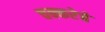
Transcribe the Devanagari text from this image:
चक्करेचे